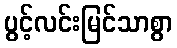
ပွင့်လင်းမြင်သာစွာ